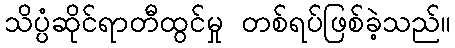
သိပ္ပံဆိုင်ရာတီထွင်မှု တစ်ရပ်ဖြစ်ခဲ့သည်။